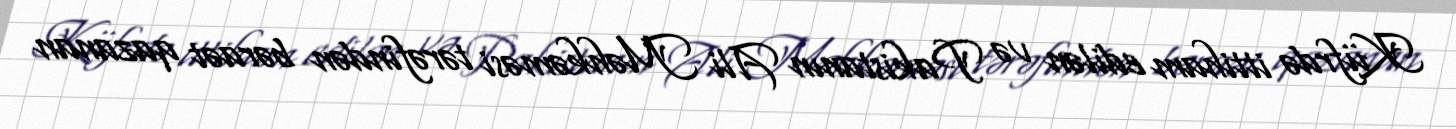
Küfrdə ittiham edilən və Pakistanın Ali Məhkəməsi tərəfindən bəraət qazanan